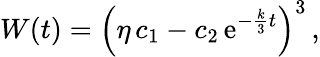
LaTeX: W(t)={\Big(}\eta\, c_{1}-c_{2}\, \mathrm{e}^{-{\frac{{k}}{{3}}}t}{\Big)}^{3}\, ,